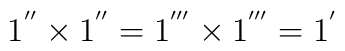
1^{''} \times 1^{''} = 1^{'''} \times 1^{'''} = 1^{'}